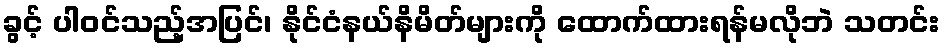
ခွင့် ပါဝင်သည့်အပြင်၊ နိုင်ငံနယ်နိမိတ်များကို ထောက်ထားရန်မလိုဘဲ သတင်း